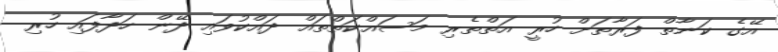
އޭގެ ކަނާތް ފަރާތަށް ހުރީ އަތްތެރި މަސައްކަތްތައް ދައްކުވައި ދޭން ހަދާފައި ހުރި